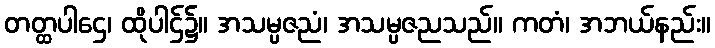
တတ္ထပါဌေ၊ ထိုပါဌ်၌။ အသမ္ပဇညံ၊ အသမ္ပဇညသည်။ ကတံ၊ အဘယ်နည်း။